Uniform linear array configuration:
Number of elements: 8
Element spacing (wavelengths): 0.25
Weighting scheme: kaiser
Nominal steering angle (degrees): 45
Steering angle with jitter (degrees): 46.365
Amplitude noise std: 0.05
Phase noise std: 0.05

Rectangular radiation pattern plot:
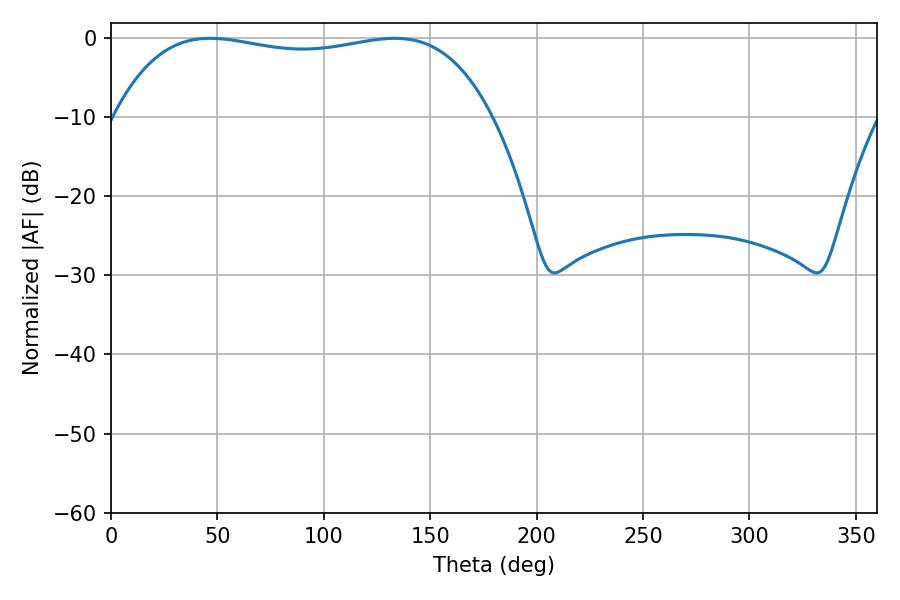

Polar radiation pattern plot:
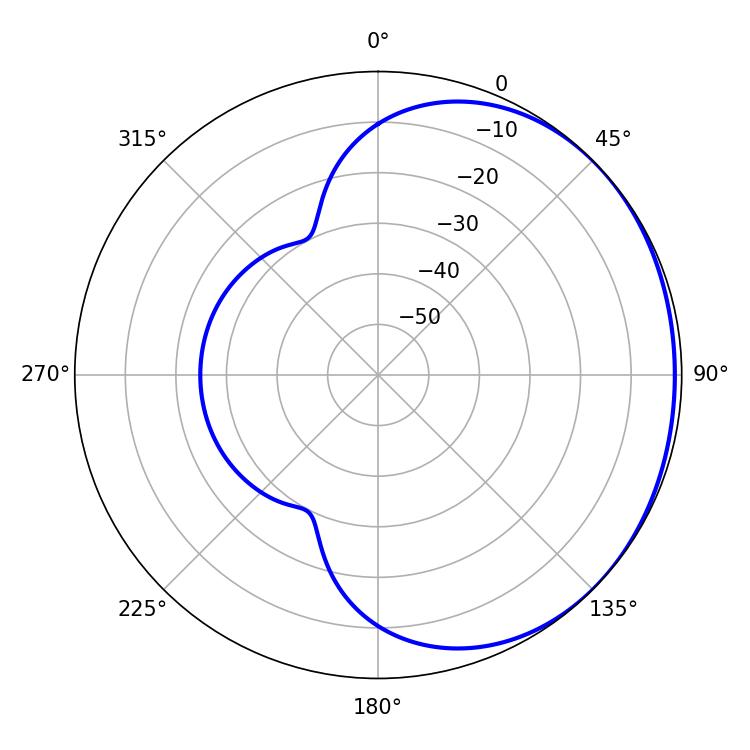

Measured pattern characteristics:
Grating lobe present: FALSE
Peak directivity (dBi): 0.8705
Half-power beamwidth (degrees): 142.2
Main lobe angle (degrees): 46.62